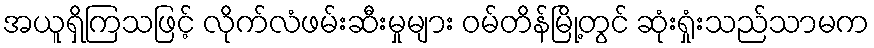
အယူရှိကြသဖြင့် လိုက်လံဖမ်းဆီးမှုများ ဝမ်တိန်မြို့တွင် ဆုံးရှုံးသည်သာမက